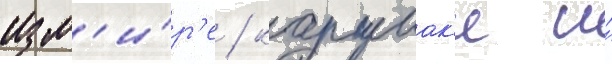
изм'и́р'е / каршиак'е и́